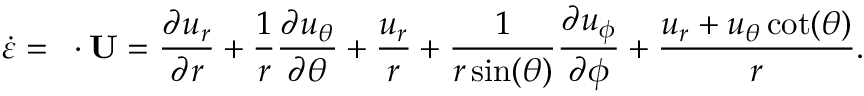
\dot { \varepsilon } = \mathbf { \nabla } \cdot \mathbf { U } = \frac { \partial u _ { r } } { \partial r } + \frac { 1 } { r } \frac { \partial u _ { \theta } } { \partial \theta } + \frac { u _ { r } } { r } + \frac { 1 } { r \sin ( \theta ) } \frac { \partial u _ { \phi } } { \partial \phi } + \frac { u _ { r } + u _ { \theta } \cot ( \theta ) } { r } .